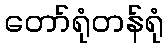
တော်ရုံတန်ရုံ